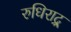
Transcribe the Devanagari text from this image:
रुधिराद्र्र